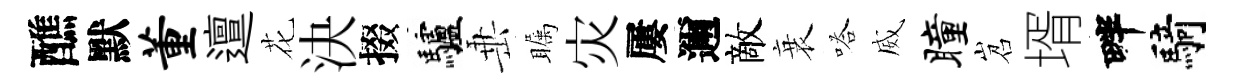
醮默董邅花決掇驢𡸁瞩灾屢邇敵衰嗒威瞳岧壻畔騎